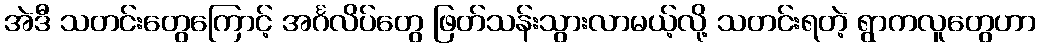
အဲဒီ သတင်းတွေကြောင့် အင်္ဂလိပ်တွေ ဖြတ်သန်းသွားလာမယ့်လို့ သတင်းရတဲ့ ရွာကလူတွေဟာ